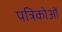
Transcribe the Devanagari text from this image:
पत्रिकोओं